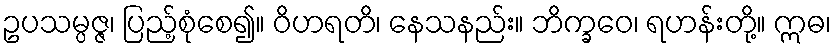
ဥပသမ္ပဇ္ဇ၊ ပြည့်စုံစေ၍။ ဝိဟရတိ၊ နေသနည်း။ ဘိက္ခဝေ၊ ရဟန်းတို့။ ဣဓ၊